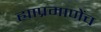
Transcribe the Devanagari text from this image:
ह्याप्रमाणेंच